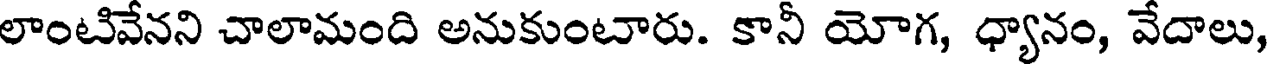
లాంటివేనని చాలామంది అనుకుంటారు. కానీ యోగ, ధ్యానం, వేదాలు,